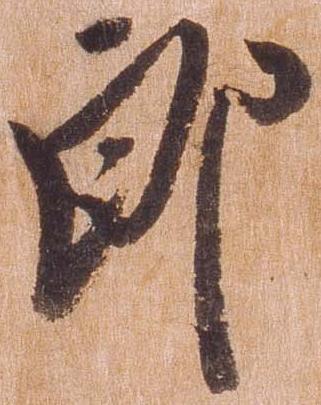
郎